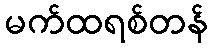
မက်ထရစ်တန်